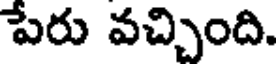
పేరు వచ్చింది.